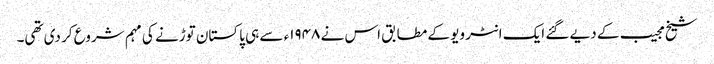
شیخ مجیب کے دیے گئے ایک انٹر ویو کے مطابق اس نے ۱۹۴۸ء سے ہی پاکستان توڑنے کی مہم شروع کر دی تھی۔